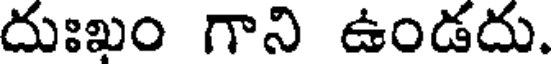
దుఃఖం గాని ఉండదు.